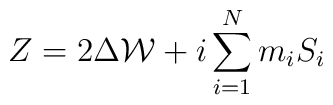
Z=2\Delta{\cal W}+i\sum_{i=1}^{N}m_{i}S_{i}